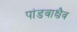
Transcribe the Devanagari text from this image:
पांडवाश्चैव